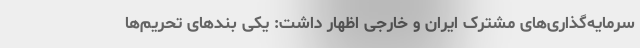
سرمایه‌گذاری‌های مشترک ایران و خارجی اظهار داشت: یکی بندهای تحریم‌ها